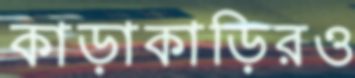
কাড়াকাড়িরও